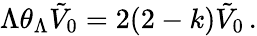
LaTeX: \Lambda\theta_{\Lambda}\tilde{V}_{0}=2(2-k)\tilde{V}_{0}\, .